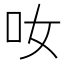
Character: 𠯆